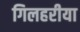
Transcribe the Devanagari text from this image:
गिलहरीया